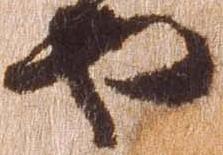
や